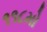
૧૧૮મો